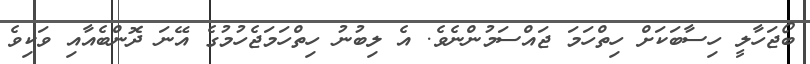
ބޯޖަހާލީ ހިސާބަކަށް ހިތްހަމަ ޖައްސަމުންނެވެ. އެ ލިބުނު ހިތްހަމަޖެހުމުގެ އޭނަ ދޮންބެއާއި ވަކިވެ